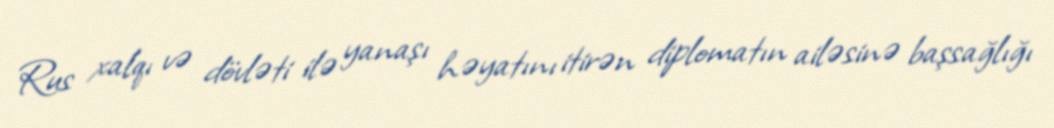
Rus xalqı və dövləti ilə yanaşı həyatını itirən diplomatın ailəsinə başsağlığı